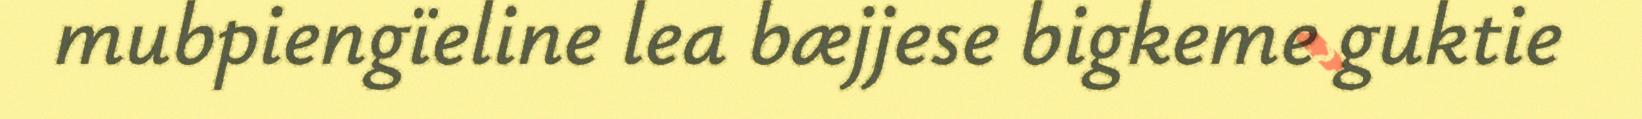
mubpiengïeline lea bæjjese bigkeme guktie